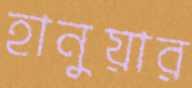
হানুয়ার